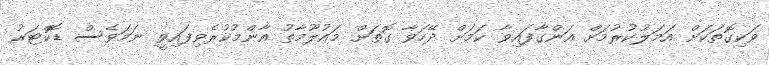
ވަކިގޮތަކަށް އަމަލުކުރުމަށް އަންގާފައިވާ ކަމަށް ދޭހަވާ ގޮތަށް މައުލޫމާތު އާންމުކުރެވިފައިވީ ނަމަވެސް ޑޮކްޓަރު